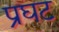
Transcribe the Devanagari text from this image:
प्रघट